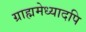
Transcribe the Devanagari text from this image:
ग्राह्ममेध्यादपि